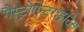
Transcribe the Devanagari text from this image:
गैस्ट्रोएन्टराइटिस